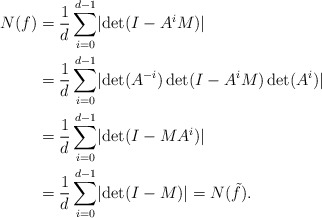
\begin{align*} N(f)&=\frac{1}{d}\sum_{i=0}^{d-1} \lvert\det(I-A^i M)\rvert\\ &=\frac{1}{d}\sum_{i=0}^{d-1} \lvert \det(A^{-i})\det(I-A^i M)\det(A^i)\rvert\\ &=\frac{1}{d}\sum_{i=0}^{d-1} \lvert \det(I- MA^i)\rvert\\ &=\frac{1}{d}\sum_{i=0}^{d-1} \lvert \det(I- M)\rvert =N(\tilde f).\end{align*}